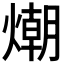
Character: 𭵿